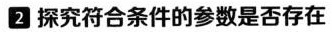
2 探究符合条件的参数是否存在